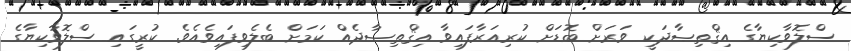
ސްލޮވާކިޔާގެ އިޤްތިޞާދަކީ ވަރަށް ބޮޑަށް ކުރިއަރާފައިވާ އިޤްތިޞާދެއް ކަމަށް ބެލެވިފައިވެއެވެ. ކުރީގައި ސްލޮވާކިޔާގެ